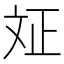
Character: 𭤗